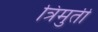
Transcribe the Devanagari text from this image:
त्रिमुर्ती